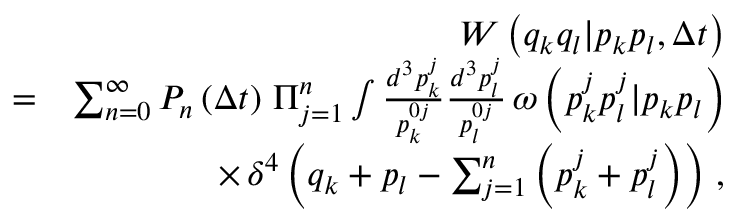
\begin{array} { r l r } & { } & { W \left( q _ { k } q _ { l } | p _ { k } p _ { l } , \Delta t \right) } \\ & { = } & { \sum _ { n = 0 } ^ { \infty } P _ { n } \left( \Delta t \right) \, \Pi _ { j = 1 } ^ { n } \int \frac { d ^ { 3 } p _ { k } ^ { j } } { p _ { k } ^ { 0 j } } \frac { d ^ { 3 } p _ { l } ^ { j } } { p _ { l } ^ { 0 j } } \, \omega \left( p _ { k } ^ { j } p _ { l } ^ { j } | p _ { k } p _ { l } \right) } \\ & { } & { \times \, \delta ^ { 4 } \left( q _ { k } + p _ { l } - \sum _ { j = 1 } ^ { n } \left( p _ { k } ^ { j } + p _ { l } ^ { j } \right) \right) \, , } \end{array}